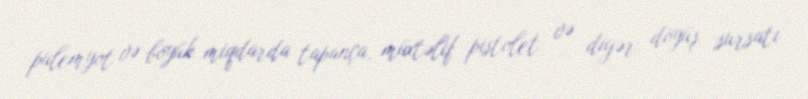
pulemyot və böyük miqdarda tapança, müxtəlif pistolet və digər döyüş sursatı